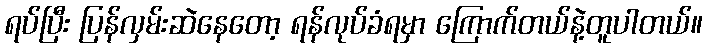
ရပ်ပြီး ပြန်လှမ်းဆဲနေတော့ ရန်လုပ်ခံရမှာ ကြောက်တယ်နဲ့တူပါတယ်။